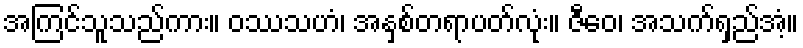
အကြင်သူသည်ကား။ ဝဿသဟံ၊ အနှစ်တရာပတ်လုံး။ ဇီဝေ၊ အသက်ရှည်အံ့။